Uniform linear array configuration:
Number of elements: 64
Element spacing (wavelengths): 0.75
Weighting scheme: binomial
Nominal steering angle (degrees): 60
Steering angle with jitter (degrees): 61.713
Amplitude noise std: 0.05
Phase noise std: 0.05

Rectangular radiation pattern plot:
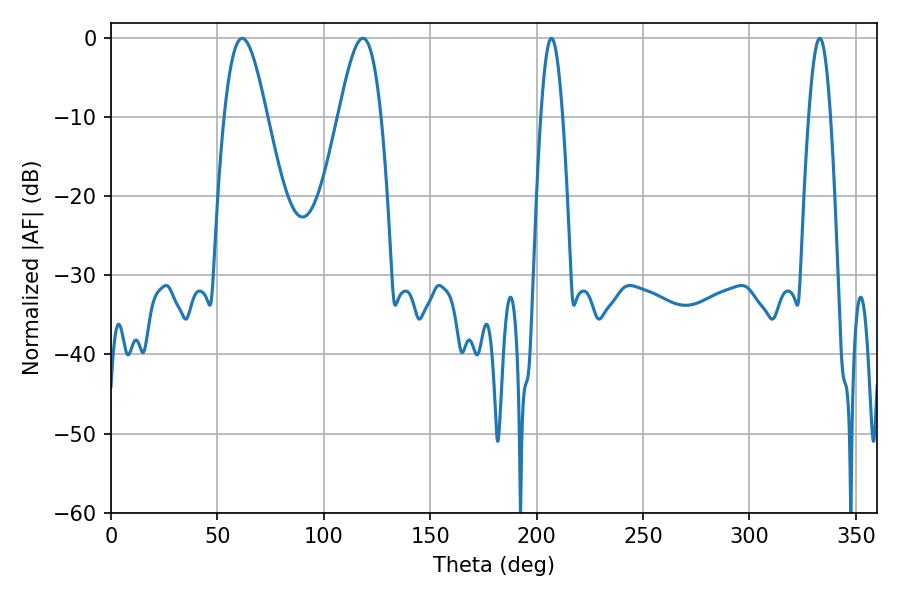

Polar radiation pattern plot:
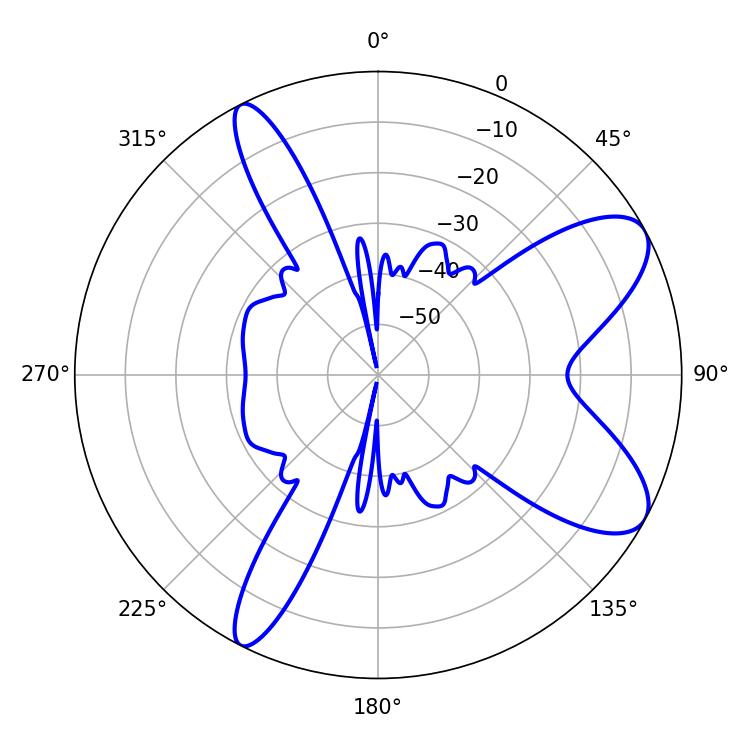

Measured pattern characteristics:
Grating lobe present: TRUE
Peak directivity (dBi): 8.673
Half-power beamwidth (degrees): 5.4
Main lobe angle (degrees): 207